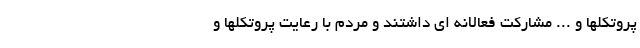
پروتکلها و ... مشارکت فعالانه ای داشتند و مردم با رعایت پروتکلها و